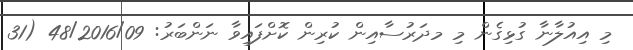
މި އިއުލާނާ ގުޅިގެން މި މދަރުސާއިން ކުރިން ކޮށްފައިވާ ނަންބަރު: 48/2016/09 (31